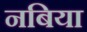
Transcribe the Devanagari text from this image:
नबिया